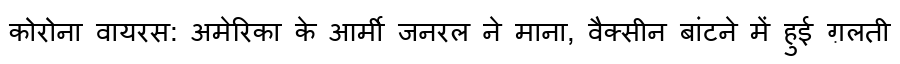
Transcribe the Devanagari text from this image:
कोरोना वायरस: अमेरिका के आर्मी जनरल ने माना, वैक्सीन बांटने में हुई ग़लती